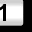
Digit: 1